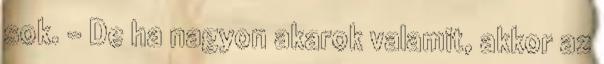
sok. - De ha nagyon akarok valamit, akkor az